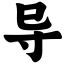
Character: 导